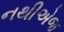
નથીએજ